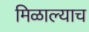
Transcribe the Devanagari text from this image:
मिळाल्याच